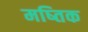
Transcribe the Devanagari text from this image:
मष्तिक